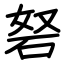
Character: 砮